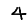
Digit: 4